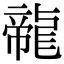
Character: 㡣